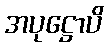
အပုဋ္ဌောပိ